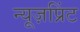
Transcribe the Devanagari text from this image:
न्यूज़प्रिंट